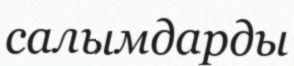
салымдарды